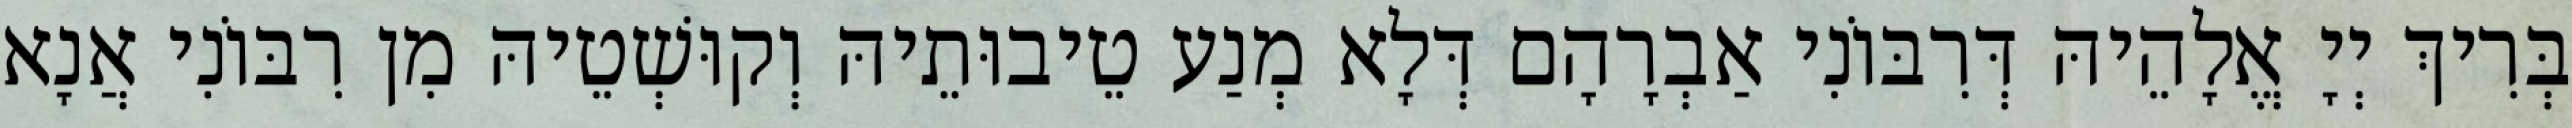
בְּרִיךְ יְיָ אֱלָהֵיהּ דְּרִבּוֹנִי אַבְרָהָם דְּלָא מְנַע טֵיבוּתֵיהּ וְקוּשְׁטֵיהּ מִן רִבּוֹנִי אֲנָא